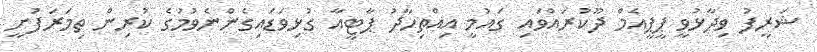
ޝަރީފު ވިދާޅުވީ ޕީޕީއެމް ދޫކުރައްވައި ގައުމީ އިއްތިހާދު ޕާޓީއާ ގުޅިވަޑައިގެންނެވުމުގެ ކުރިން ތިމަރަފުށީ